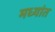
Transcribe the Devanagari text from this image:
मध्यांत